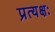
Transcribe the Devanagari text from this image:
प्रत्यक्षः